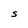
Character: S